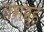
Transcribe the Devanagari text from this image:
तशव्वुह